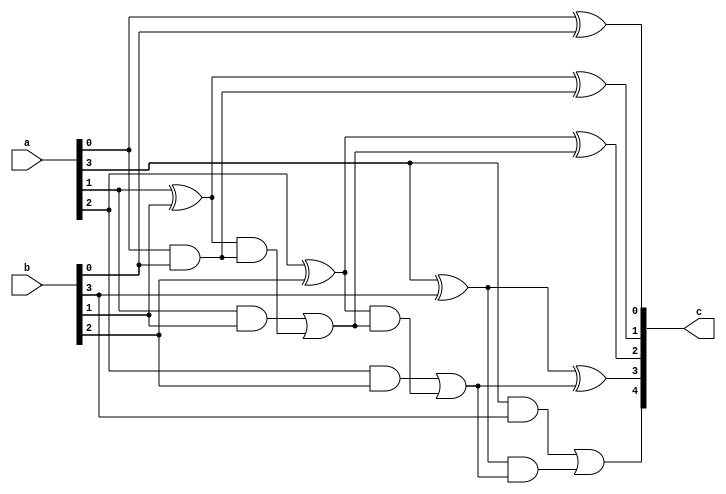
module add #(parameter N_BITS = 4) (a, b, c);

input [N_BITS-1:0] a, b;
output [N_BITS:0] c;

wire [N_BITS-1:0] a, b, carry, sum, a_and_b, a_or_b, sum_and_carry;
wire [N_BITS:0] c; 

xor (c[0], a[0], b[0]);
and (carry[0], a[0], b[0]);

genvar i;
generate
    for (i=1; i<N_BITS; i=i+1) begin
        xor(sum[i], a[i], b[i]);
        and(a_and_b[i], a[i], b[i]);
        and(sum_and_carry[i], sum[i], carry[i-1]);
        xor(c[i], sum[i], carry[i-1]);
        or(carry[i], a_and_b[i], sum_and_carry[i]);
    end
endgenerate

buf (c[N_BITS], carry[N_BITS-1]);

endmodule


module add_tb();

parameter N_BITS = 8;

reg [N_BITS-1:0] a = 8'b00100011, b = 8'b00010010;
wire [N_BITS:0] c, d;
integer r, SEED = 35, N_TESTS = 10000;

add #(N_BITS) A (a, b, c);
assign d = a+b;
assign e = d == c;

always #1 begin
    if (e !== 1) begin
        $display("TEST FAILED");
        $finish;
    end
    r = $urandom;
    a = r;
    b = r >> N_BITS;
end

initial begin
    $urandom(SEED);
    $display("time\ta\tb\tc\ta+b\tok");
    $monitor("%h\t%h\t%h\t%h\t%h\t%b", $time, a, b, c, d, e);
    #(N_TESTS) $display("TEST PASSED");
    $finish;
end

endmodule